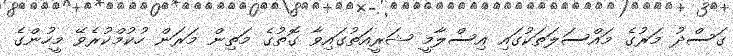
ގަސްދު މަރުގެ މައްސަލަތަކުގައި އިސްލާމީ ޝަރީއަތުގައިވާ ގޮތުގެ މަތިން މަރަން ހުކުމްކުރެވޭ މީހުންގެ